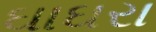
ઘાઘરા